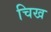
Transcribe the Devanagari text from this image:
चिख